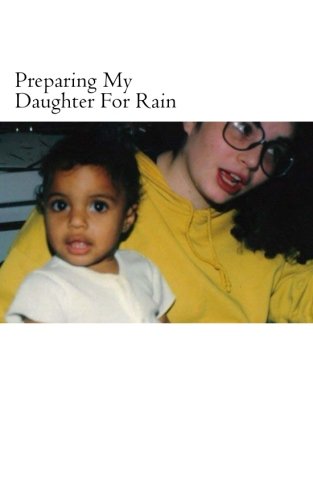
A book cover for Preparing My Daughter For Rain:: notes on how to heal and survive.; Key Ballah; Literature & Fiction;